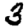
Digit: 3